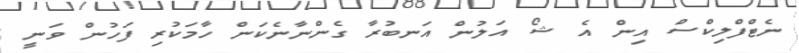
ނެޓްފްލިކްސް އިން އެ ޝޯ އަލުން އަނބުރާ ގެންނާނެކަން ހާމަކުރި ފަހުން ވަނީ